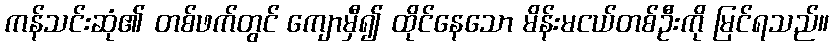
ကန်သင်းဆုံ၏ တစ်ဖက်တွင် ကျောမှီ၍ ထိုင်နေသော မိန်းမငယ်တစ်ဦးကို မြင်ရသည်။